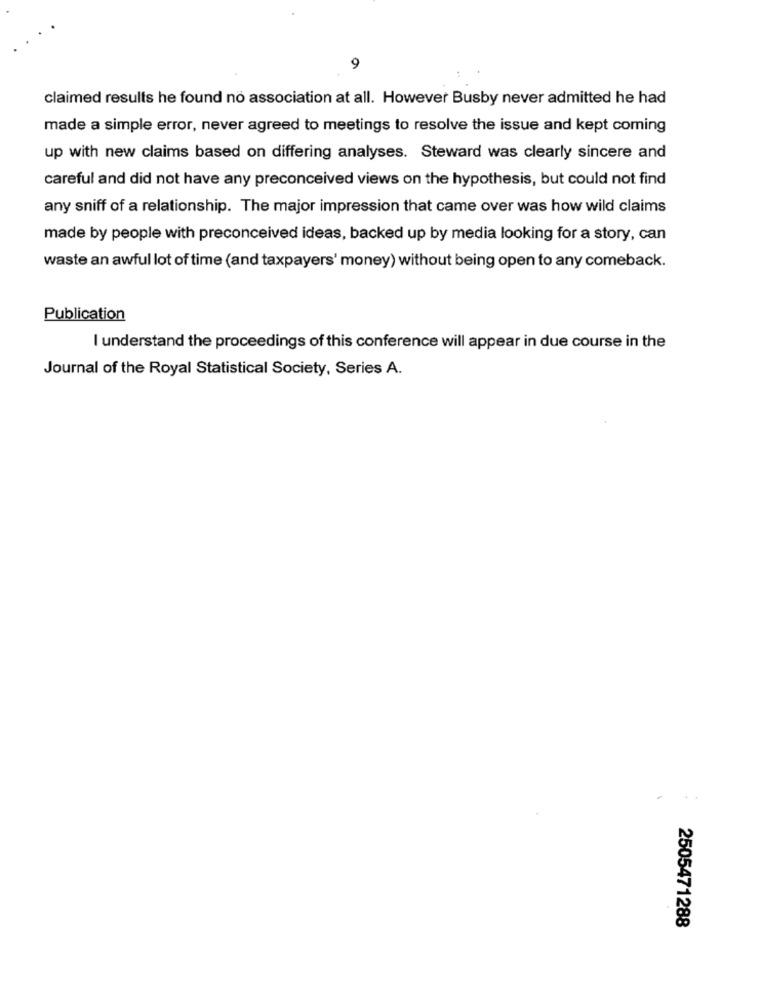
9
claimed results he found no association at all. However Busby never admitted he had
made a simple error, never agreed to meetings to resolve the issue and kept coming
up with new claims based on differing analyses. Steward was clearly sincere and
careful and did not have any preconceived views on the hypothesis, but could not find
any sniff of a relationship. The major impression that came over was how wild claims
made by people with preconceived ideas, backed up by media looking for a story, can
waste an awful lot of time (and taxpayers' money) without being open to any comeback.
Publication
I understand the proceedings of this conference will appear in due course in the
Journal of the Royal Statistical Society, Series A.
2505471288